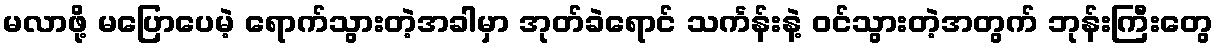
မလာဖို့ မပြောပေမဲ့ ရောက်သွားတဲ့အခါမှာ အုတ်ခဲရောင် သင်္ကန်းနဲ့ ဝင်သွားတဲ့အတွက် ဘုန်းကြီးတွေ